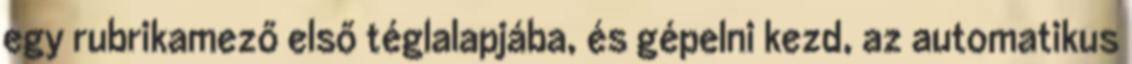
egy rubrikamező első téglalapjába, és gépelni kezd, az automatikus